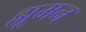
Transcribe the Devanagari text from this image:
ह्मूमन